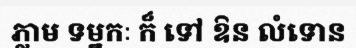
ភ្លាម ទម្នកៈ ក៏ ទៅ ឱន លំទោន